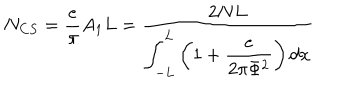
LaTeX: N _ { C S } = \frac { e } { \pi } A _ { 1 } L = \frac { 2 N L } { \displaystyle \int _ { - L } ^ { L } \left( \displaystyle 1 + \frac { e } { 2 \pi \Phi ^ { 2 } } \right) d x }